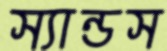
স্যান্ডস